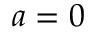
a = 0